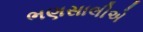
ભણસાલીએ